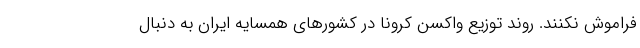
فراموش نکنند. روند توزیع واکسن کرونا در کشورهای همسایه ایران به دنبال